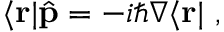
\langle \mathbf { r } | { \hat { \mathbf { p } } } = - i \hbar \nabla \langle \mathbf { r } | ~ ,